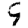
Digit: 9